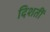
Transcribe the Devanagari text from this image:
दिशतीं